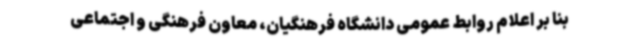
بنا بر اعلام روابط عمومی دانشگاه فرهنگیان، معاون فرهنگی و اجتماعی